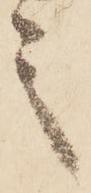
言